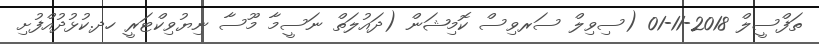
ތަފްސީލް 2018-11-01 (ސިވިލް ސަރވިސް ކޮމިޝަން (ދައުލަތް ނަސީމާ މޫސާ ނިޔުވިކްޓަރީ ހދ.ކުޅުދުއްފުށި